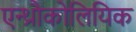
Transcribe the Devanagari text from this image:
एन्थ्रौकोलियिक